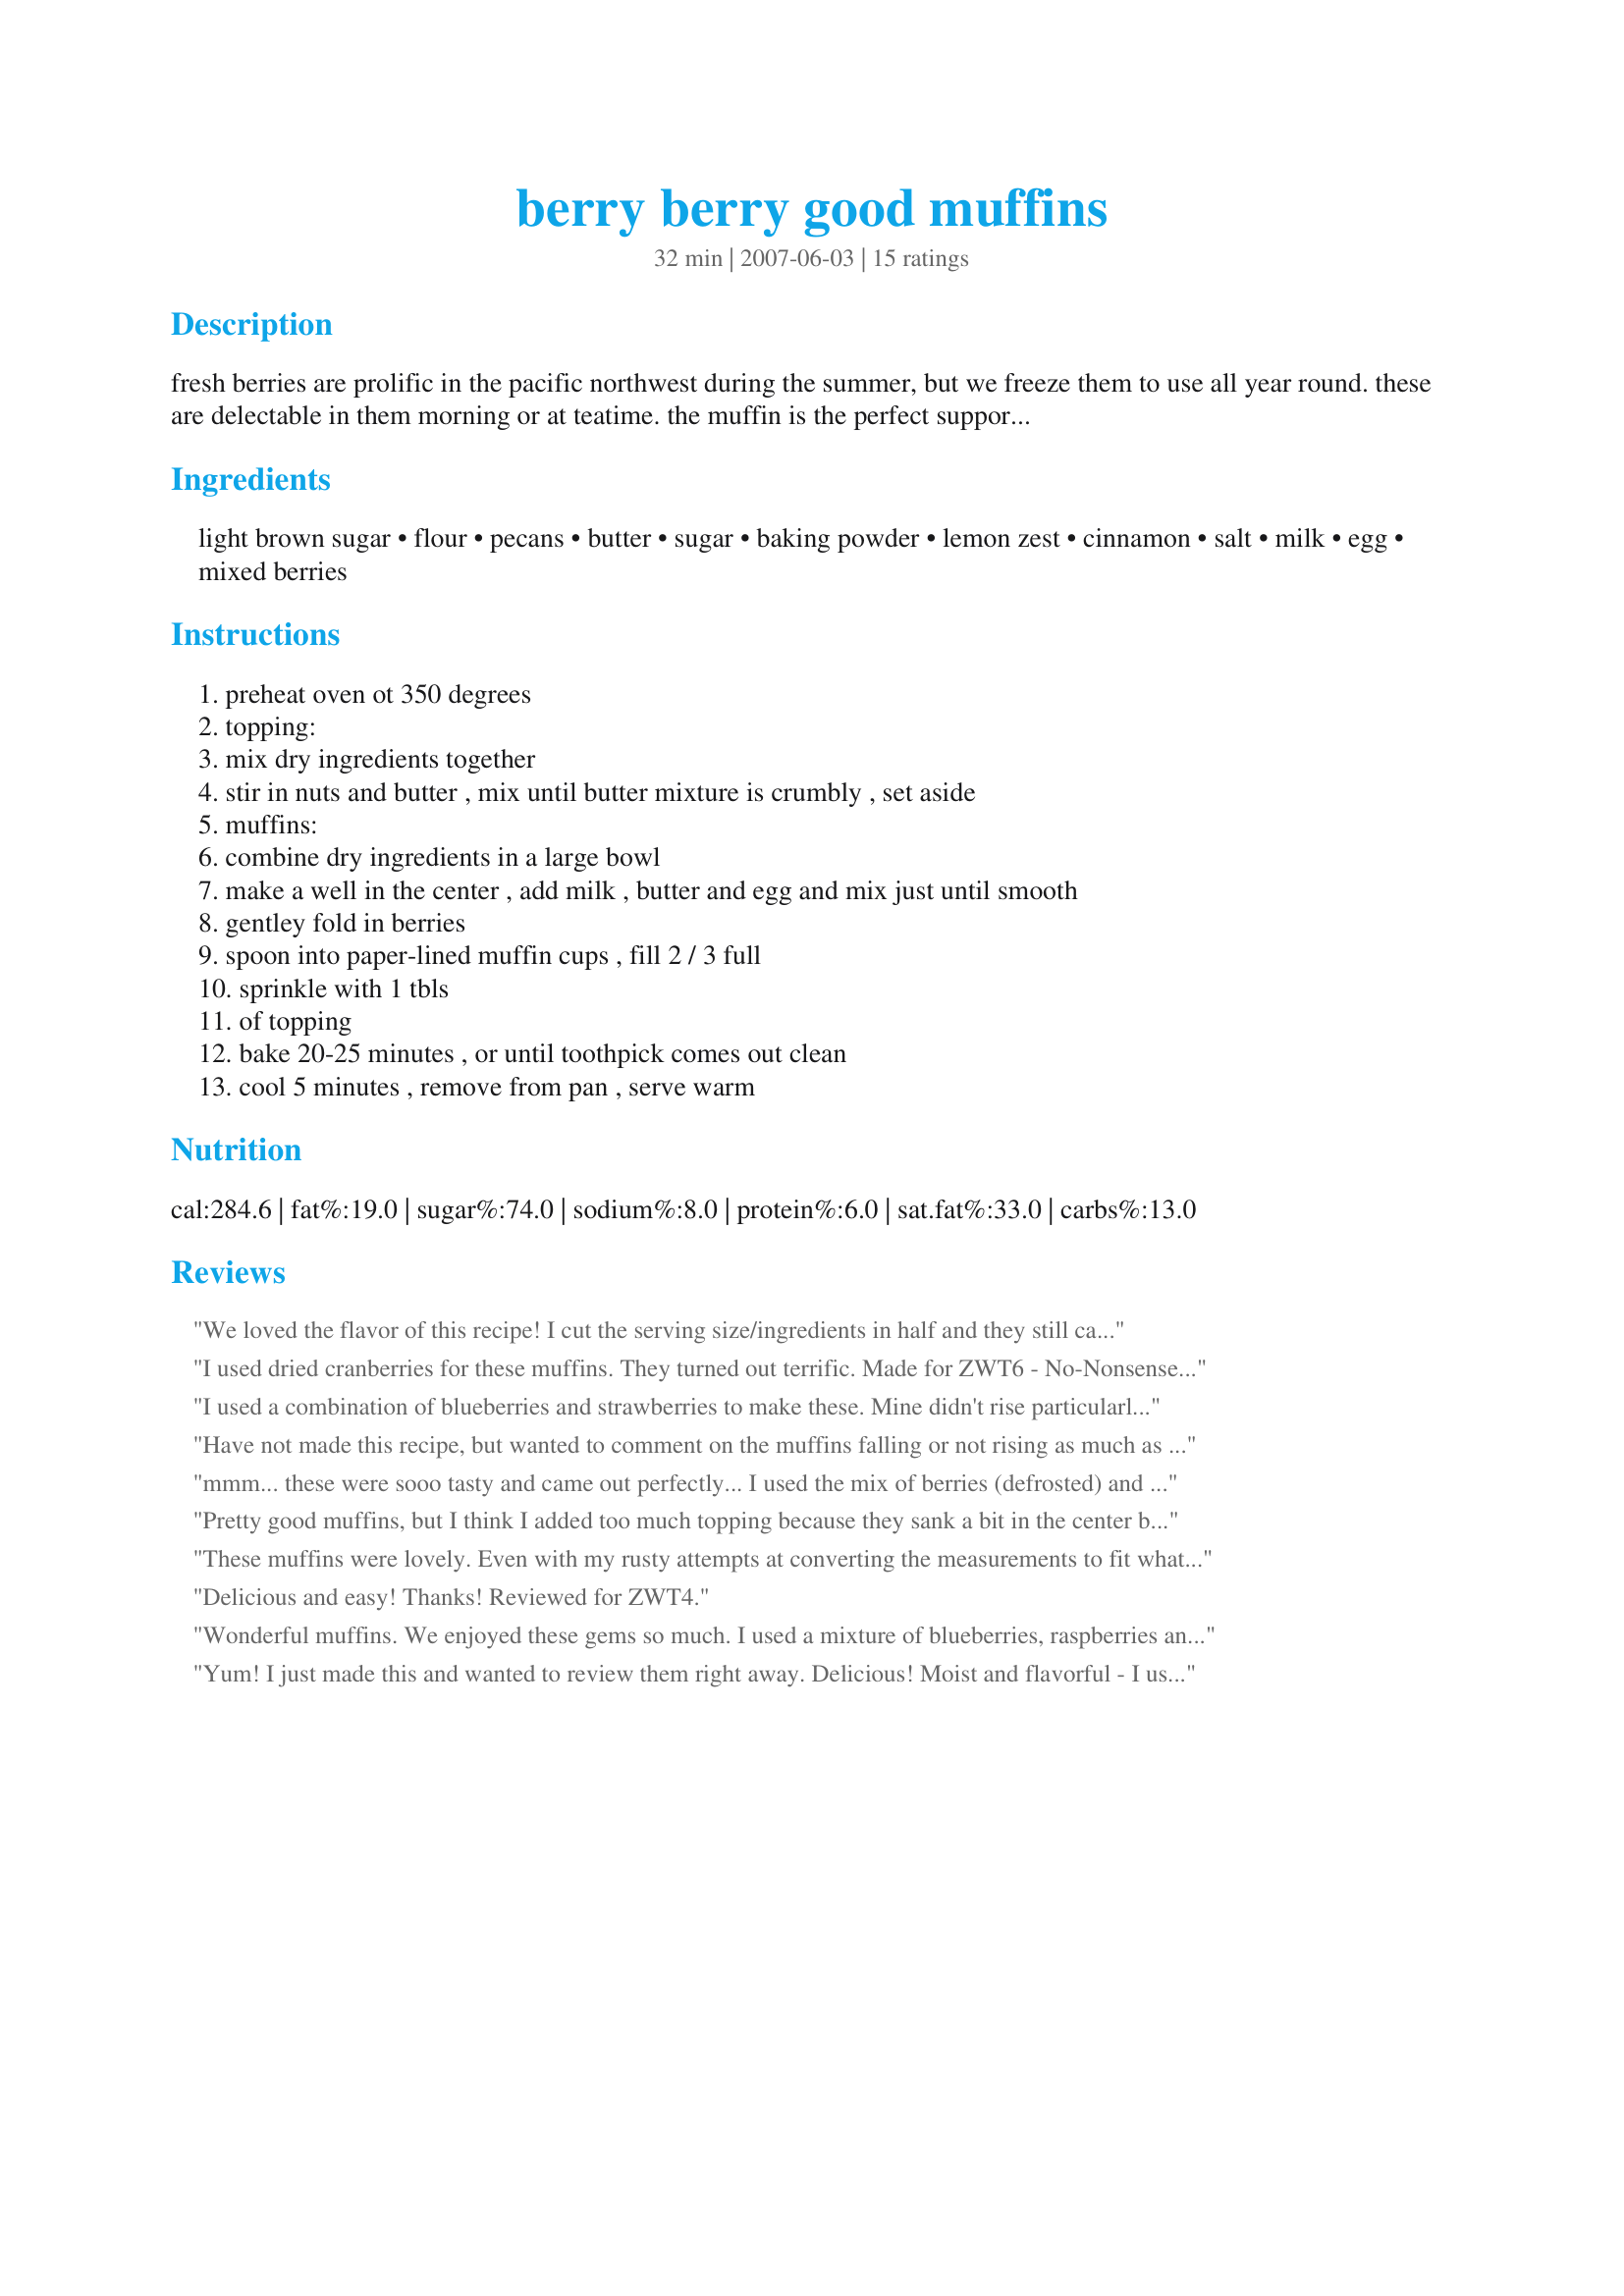
berry berry good muffins
Preparation time: 32 minutes

fresh berries are prolific in the pacific northwest during the summer, but we freeze them to use all year round. these are delectable in them morning or at teatime. the muffin is the perfect support for a mixture of raspberries, blueberries and blackberries, for a change try a single type. fresh or frozen berries can be used. the topping is an extra delight, but can be ommited.

Ingredients:
light brown sugar, flour, pecans, butter, sugar, baking powder, lemon zest, cinnamon, salt, milk, egg, mixed berries

Steps:
preheat oven ot 350 degrees, topping:, mix dry ingredients together, stir in nuts and butter , mix until butter mixture is crumbly , set aside, muffins:, combine dry ingredients in a large bowl, make a well in the center , add milk , butter and egg and mix just until smooth, gentley fold in berries, spoon into paper-lined muffin cups , fill 2 / 3 full, sprinkle with 1 tbls, of topping, bake 20-25 minutes , or until toothpick comes out clean, cool 5 minutes , remove from pan , serve warm

Reviews:
We loved the flavor of this recipe! I cut the serving size/ingredients in half and they still came out fantastic! I would've liked to see them rise higher, but it's just because that's what I'm used to muffins doing. I will definitely make this recipe again. Thanks momaphet!
I used dried cranberries for these muffins. They turned out terrific. Made for ZWT6 - No-Nonsense Nibblers
I used a combination of blueberries and strawberries to make these. Mine didn't rise particularly high either, but the flavour more than compensated. The lemon zest is a delightful addition in the batter and the topping really makes them out-of-this-world-good! I brought the batch over to my sister's today as a hostess gift and, between our two families, they were all gone by evening. Great recipe.
Have not made this recipe, but wanted to comment on the muffins falling or not rising as much as usual. I think if you reduce the butter to 1/3 cup or less, the muffins will rise better. I would also use half the topping for the full recipe.
mmm... these were sooo tasty and came out perfectly... I used the mix of berries (defrosted) and made it with the topping, which is so good and crunchy! definitely will make again! thanks :)
Pretty good muffins, but I think I added too much topping because they sank a bit in the center but still tasted great! Made for ZWT 3!
These muffins were lovely. Even with my rusty attempts at converting the measurements to fit what we had here in Germany, they turned out great. I followed others' suggestions and halved the topping, and used 1/3 cup butter for the muffins instead of 1/2 cup. I also reduced the sugar to 1/2 cup instead of 3/4 cup, and it was plenty sweet. We used fresh raspberries and blueberries for most of the batch, and no berries at all for some (for a picky anti-berry eater) and they all turned out delicious. Loved the topping, it was a nice sweet and crunchy touch. Will be trying this again with other variations!
Delicious and easy! Thanks! Reviewed for ZWT4.
Wonderful muffins. We enjoyed these gems so much. I used a mixture of blueberries, raspberries and blackberries. I made 6 jumbo muffins, some with nuts, some without. The muffin was delicious, not too sweet just perfect. Light, moist, tender and tall. I really enjoyed the addition of the lemon to the muffin. Thanks for sharing.
Yum! I just made this and wanted to review them right away. Delicious! Moist and flavorful - I used blueberries, raspberries and blackberries, added a touch of cloves and allspice along with the cinnamon. I used about 6 T of melted butter instead of a full stick. Thanks for posting!
I reduced the butter due to suggestions. These were great. I used walnuts. This was the perfect light breakfast this morning. Loved them!!!! Thanks
Well, mine sank in the middle too. If you're making these for looks omit the topping alltogether. However, if making for the taste, put it on!. These were the best blueberry muffins I have ever had, fluffy on the inside and crunchy on top. Loved the hint of cinamon flavor. Thanks for posting.
These were Berry, Berry Good Muffins indeed! I used a combo of frozen raspberries, blackberries and blueberries. After defrosting the berries, they turned into more of a puree than solid berries and then turned the muffin mix purple. I was afraid that might ruin the taste but they were very moist and delicious. I am anxious to try them with fresh berries and see what the difference in taste is.
Update: I made again with fresh berries (blueberries and raspberries) and they were wonderful! I would give them 5 stars all over again! My hubby even loves them and he is not a muffin person.
I made 6 jumbo muffins using just strawberries with a great result - I especially loved the lemon zest.Thank you for helping me to use up my berry glut !!
Absolut lacker! Definitely delicious! I did make only half the topping and reduced the butter to 1/3 cup after looking at other reviews. Served your muffins and sipped recipe#309187 for a special raspberry afternoon with friends.
Thank you momaphet for sharing.
Made for an Unruly by an Unruly during ZWT6.
